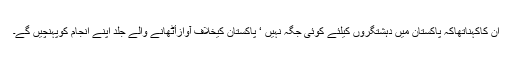
ان کاکہناتھاکہ پاکستان میں دہشتگروں کیلئے کوئی جگہ نہیں ‘ پاکستان کیخلاف آوازاٴْٹھانے والے جلد اپنے انجام کوپہنچیں گے۔